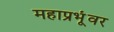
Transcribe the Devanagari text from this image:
महाप्रभूंवर